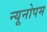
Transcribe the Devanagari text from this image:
न्यूनोपम